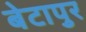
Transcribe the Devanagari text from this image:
बेटापुर